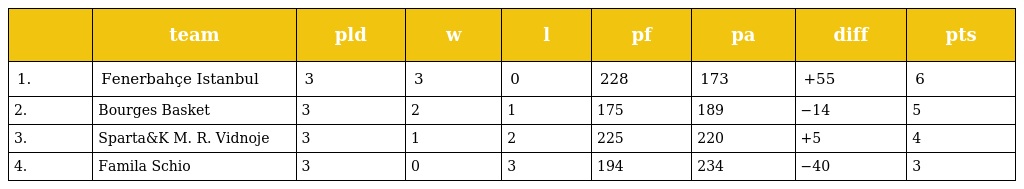
|  | team | pld | w | l | pf | pa | diff | pts |
 | --- | --- | --- | --- | --- | --- | --- | --- | --- |
 | 1. | Fenerbahçe Istanbul | 3 | 3 | 0 | 228 | 173 | +55 | 6 |
 | 2. | Bourges Basket | 3 | 2 | 1 | 175 | 189 | −14 | 5 |
 | 3. | Sparta&K M. R. Vidnoje | 3 | 1 | 2 | 225 | 220 | +5 | 4 |
 | 4. | Famila Schio | 3 | 0 | 3 | 194 | 234 | −40 | 3 |